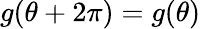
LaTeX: g(\theta+2\pi)=g(\theta)